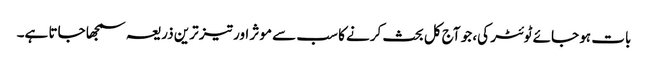
بات ہو جائے ٹوئٹر کی، جو آج کل بحث کرنے کا سب سے موثر اور تیز ترین ذریعہ سمجھا جاتا ہے۔